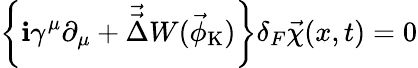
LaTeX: \left\{ \mathbf{i}\gamma^{\mu}\partial_{\mu}+\vec{{\vec{{\Delta}}}}W(\vec{{\phi}}_{\mathrm{{K}}})\right\} \delta_{F}\vec{{\chi}}(x,t)=0